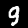
Label: 9